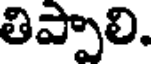
తిప్పాలి.